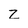
Character: z